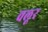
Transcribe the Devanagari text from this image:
वलूर